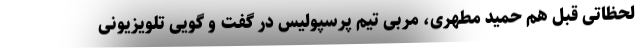
لحظاتی قبل هم حمید مطهری، مربی تیم پرسپولیس در گفت و گویی تلویزیونی